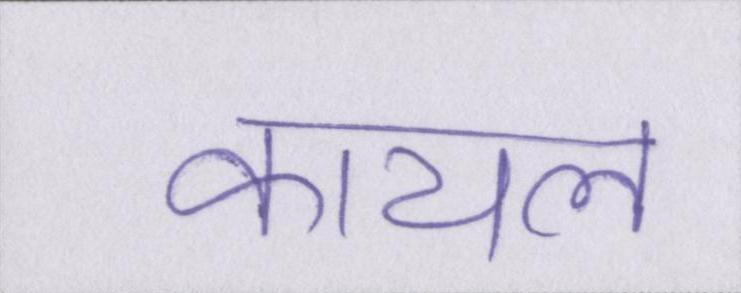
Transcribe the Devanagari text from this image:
कायल